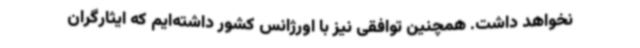
نخواهد داشت. همچنین توافقی نیز با اورژانس کشور داشته‌ایم که ایثارگران